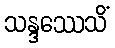
သန္ဒဿေသိံ